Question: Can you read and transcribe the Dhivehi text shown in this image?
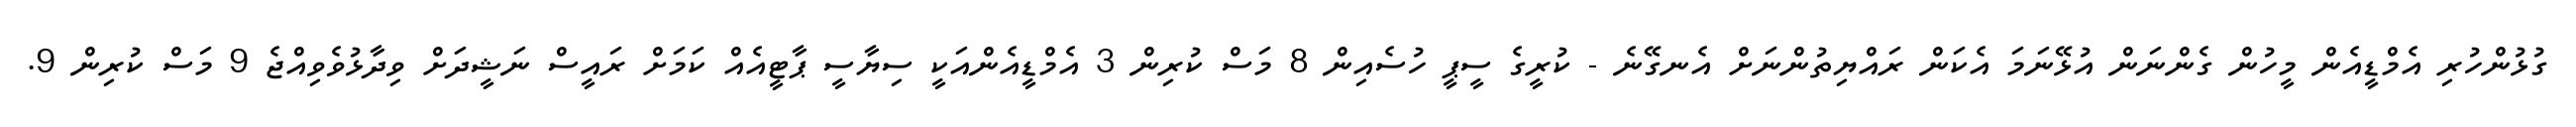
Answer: ގުޅުންހުރި އެމްޑީއެން މީހުން ގެންނަން އުޅޭނަމަ އެކަން ރައްޔިތުންނަށް އެނގޭނެ - ކުރީގެ ސީޕީ ހުސެއިން 8 މަސް ކުރިން 3 އެމްޑީއެންއަކީ ސިޔާސީ ޕާޓީއެއް ކަމަށް ރައީސް ނަޝީދަށް ވިދާޅުވެވިއްޖެ 9 މަސް ކުރިން 9.